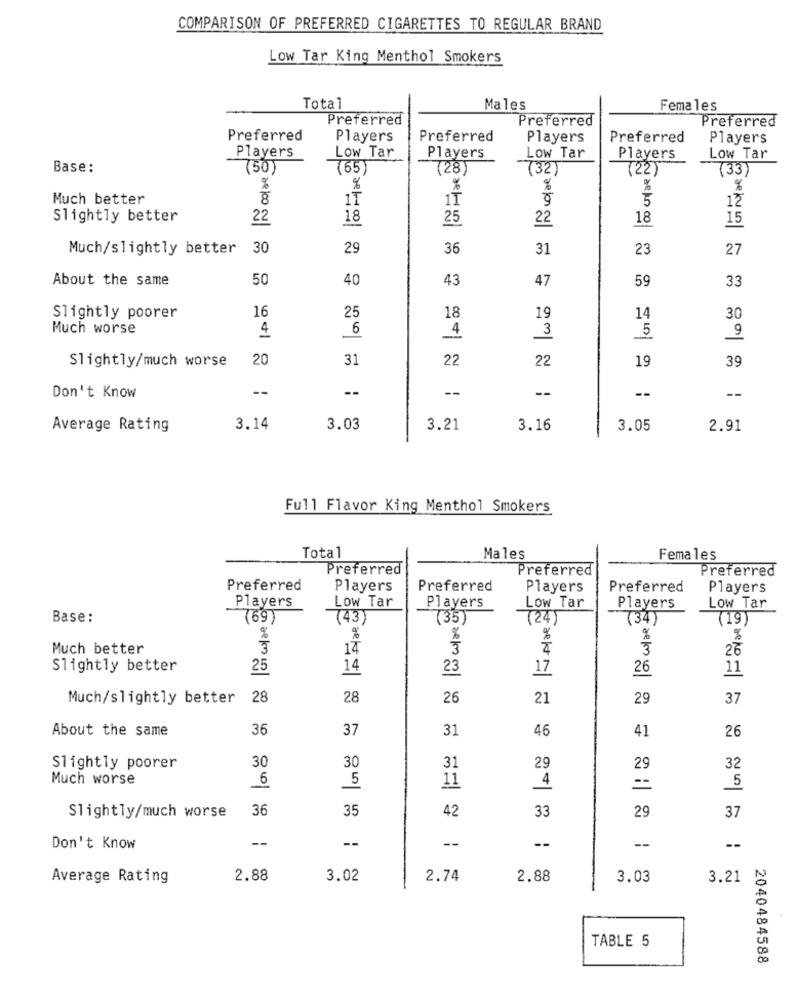
COMPARISON OF PREFERRED CIGARETTES TO REGULAR BRAND
Low Tar King Menthol Smokers
Total
Males
Females
Preferred
Preferred
Preferred
Preferred
Players
Preferred
Players
Preferred
Players
Players
Low Tar
Players
Low Tar
Players
Low Tar
Base:
(50)
(65)
(28)
732)
(22)
(33)
%
%
%
%
%
Much better
8
1T
IT
5
12
Slightly better
22
18
25
22
18
15
Much/slightly better
30
29
36
31
23
27
About the same
50
40
43
47
59
33
16
25
Slightly poorer
18
19
14
30
Much worse
4
6
3
5
Slightly/much worse
20
31
22
22
19
39
--
--
--
--
--
Don't Know
--
Average Rating
3,14
3.03
3.21
3.16
3.05
2.91
Full Flavor King Menthol Smokers
Total
Males
Females
Preferred
Preferred
Preferred
Preferred
Players
Preferred
Players
Preferred
Players
Players
Low Tar
Players
Low Tar
Players
Low Tar
Base:
(69)
(43)
(35)
(24)
(34)
(19)
%
%
%
%
%
Much better
3
14
3
26
Slightly better
25
14
23
17
26
11
Much/slightly better
28
28
26
21
29
37
About the same
36
37
31
46
41
26
30
Slightly poorer
30
31
29
29
32
Much worse
6
5
11
--
5
36
35
42
33
29
Slightly/much worse
37
--
--
--
Don't Know
--
--
--
Average Rating
2.88
3.02
2.74
2.88
3.03
3.21
TABLE 5
2040484588